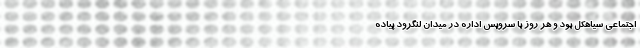
اجتماعی سیاهکل بود و هر روز با سرویس اداره در میدان لنگرود پیاده